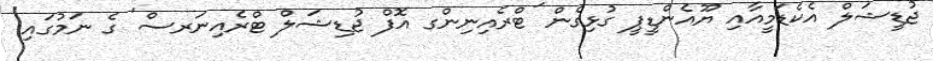
ޖުޑީޝަލް އެކެޑަމީއާއި ޔޫއެންޑީޕީ ގުޅިގެން 'ޓްރެއިނިންގ އޮފް ޖުޑިޝަލް ޓްރެއިނަރސް' ގެ ނަމުގައި